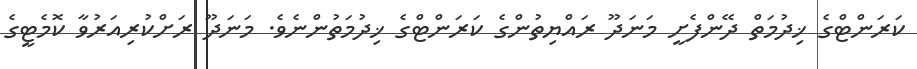
ކަރަންޓްގެ ޚިދުމަތް ދޭންފެށީ މަނަދޫ ރައްޔިތުންގެ ކަރަންޓްގެ ޚިދުމަތުންނެވެ. މަނަދޫ ރަށްކުރިއަރުވާ ކޮމެޓީގެ